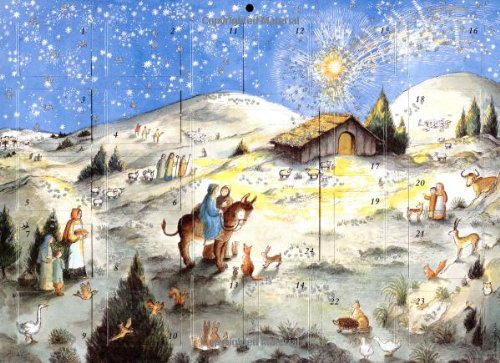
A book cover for Away in a Manger Advent Calendar; Bernadette Watts; Calendars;